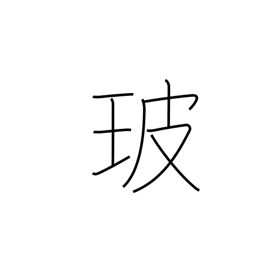
Meaning: glass